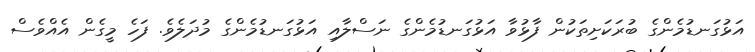
އަޅުގަނޑުމެންގެ ބުރަކަށިތަކުން ފާޅުވާ އަޅުގަނޑުމެންގެ ނަސްލާއި އަޅުގަނޑުމެންގެ މުދަލެވެ. ފަހެ މީގެން އެއްވެސް